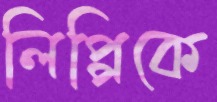
লিপ্পিকে